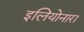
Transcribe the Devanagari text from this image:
इलियोनारा